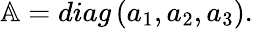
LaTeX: \begin{array}{r}{\mathbb{A}=diag\left(a_{1},a_{2},a_{3}\right).}\end{array}